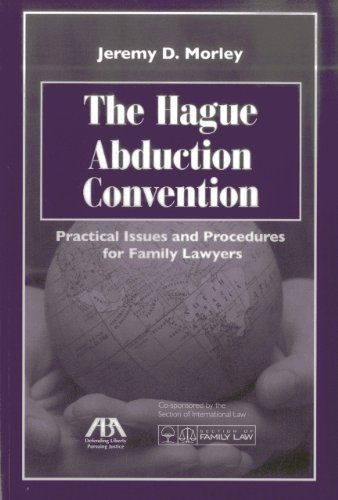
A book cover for The Hague Abduction Convention: Practical Issues and Procedures for the Family Lawyer; Jeremy D. Morley; Law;